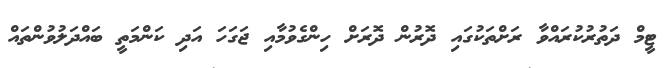
ޓީމް ދަތުރުކުރައްވާ ރަށްތަކުގައި ދޮރުން ދޮރަށް ހިންގެވުމާއި ޖަގަހަ އަދި ކަންމަތީ ބައްދަލުވުންތައް